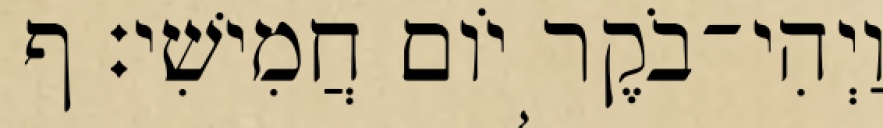
וַיְהִי־בֹקֶר יֹום חֲמִישִׁי׃ ף